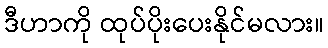
ဒီဟာကို ထုပ်ပိုးပေးနိုင်မလား။